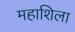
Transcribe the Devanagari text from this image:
महाशिला